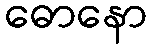
ဓောနော